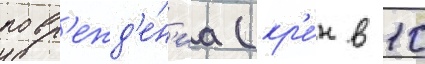
повр'ежд'е́н'иа (кр'е́н в 10